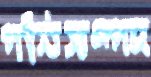
পনিসম্পদ